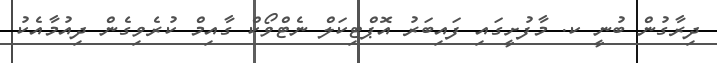
ދިރާގުން ބުނީ ކ. މާފުށީގައި ފައިބަރު އޮޕްޓިކަލް ނެޓްވޯކް ގާއިމް ކުރެވިގެން ދިއުމާއެކު